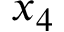
x _ { 4 }